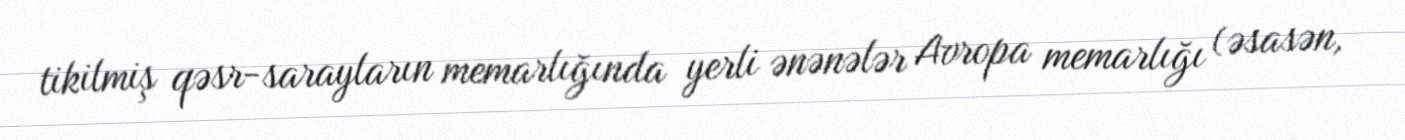
tikilmiş qəsr-sarayların memarlığında yerli ənənələr Avropa memarlığı (əsasən,